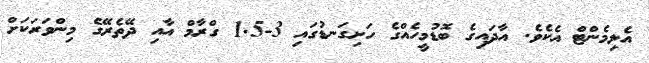
އެލިމެންޓް އެކެވެ. އާދައިގެ ބޮޑުމީހެއްގެ ހަށިގަނޑުގައި 3-1.5 ގްރާމް އާއި ދޭތެރޭގެ މިންވަރަކަށް